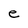
Character: e